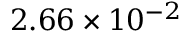
2 . 6 6 \times 1 0 ^ { - 2 }